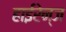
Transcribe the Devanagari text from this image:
हाईरेन्ज